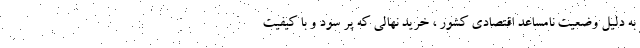
به دلیل وضعیت نامساعد اقتصادی کشور ، خرید نهالی که پر سود و با کیفیت